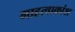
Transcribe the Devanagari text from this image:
माहत्वाकांश